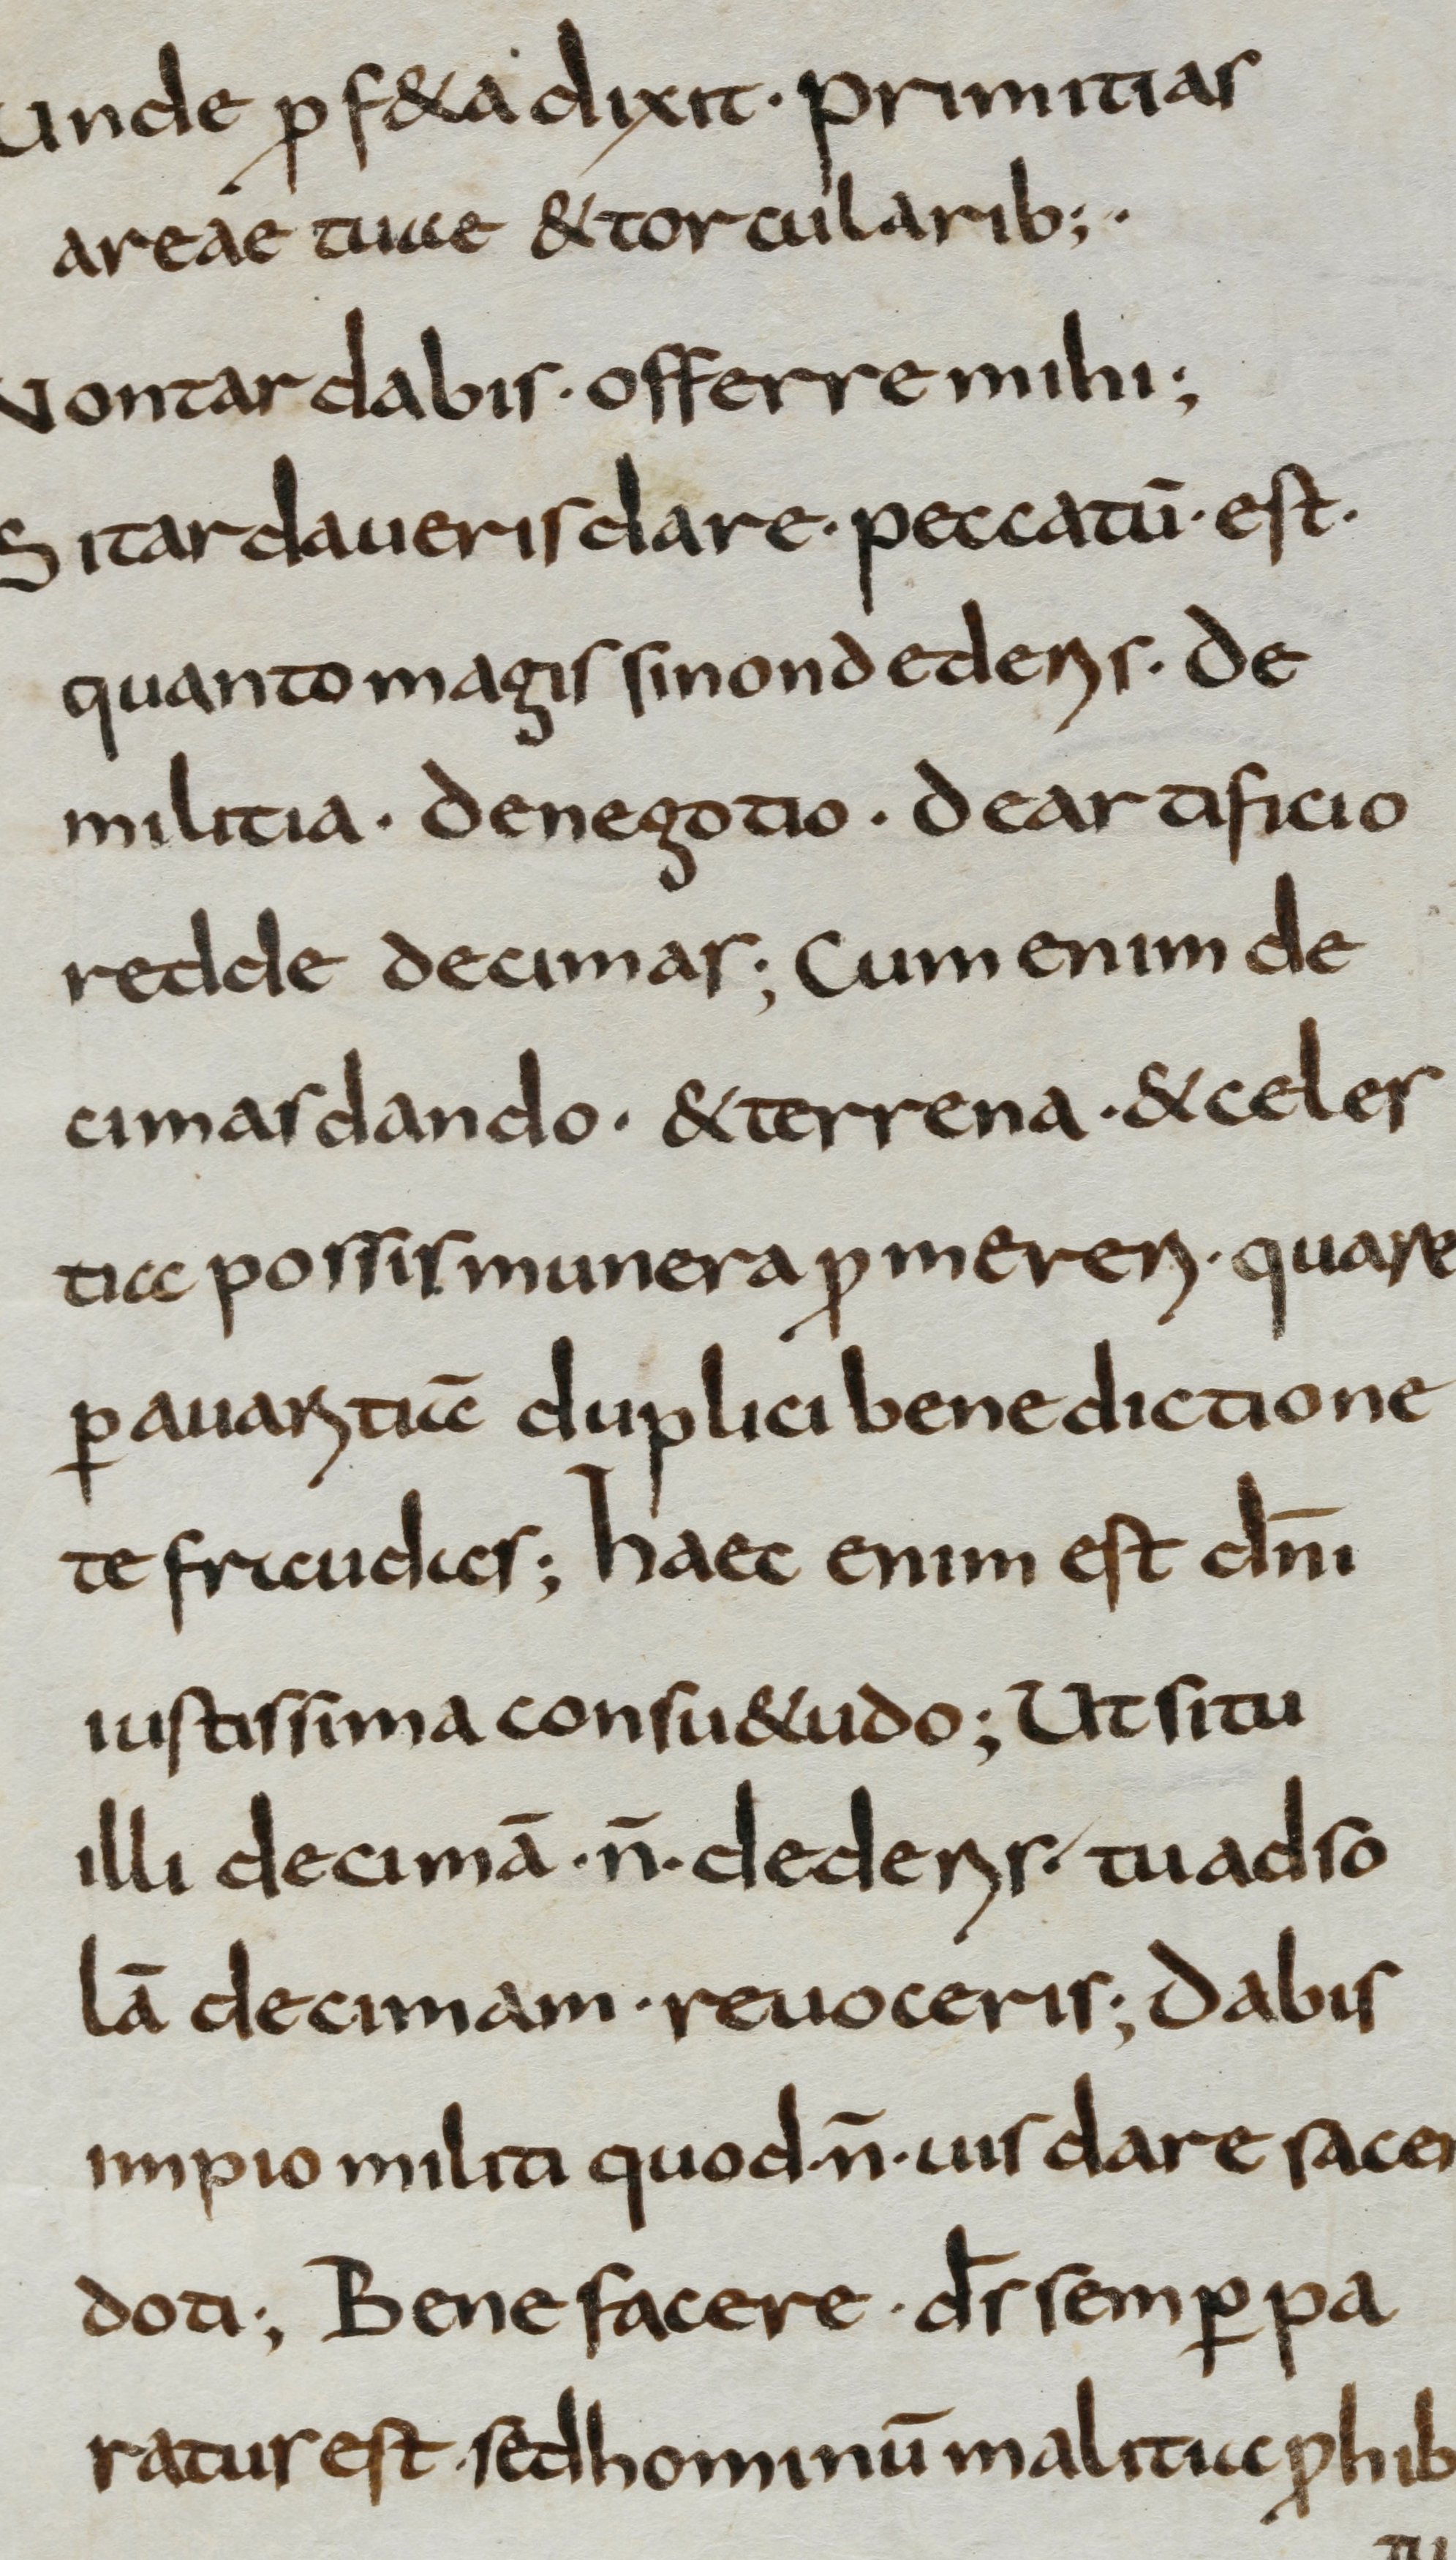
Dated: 800–825